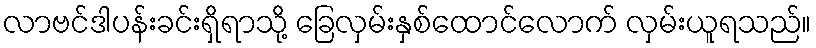
လာဗင်ဒါပန်းခင်းရှိရာသို့ ခြေလှမ်းနှစ်ထောင်လောက် လှမ်းယူရသည်။